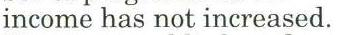
income has not increased.